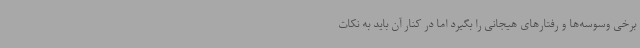
برخی وسوسه‌ها و رفتارهای هیجانی را بگیرد اما در کنار آن باید به نکات